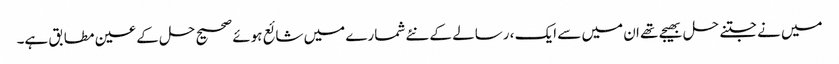
میں نے جتنے حل بھیجے تھے ان میں سے ایک ، رسالے کے نئے شمارے میں شائع ہوئے صحیح حل کے عین مطابق ہے۔